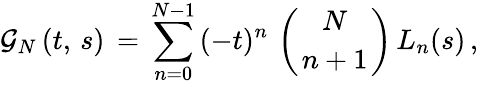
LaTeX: \begin{array}{l}{\displaystyle\mathcal{G}_{N}\left(t,\, s\right)\, =\, \sum_{n=0}^{N-1}\, (-t)^{n}\, \left({{N}\atop{n+1}}\right)\, L_{n}(s)\, ,}\end{array}